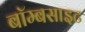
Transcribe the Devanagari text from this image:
बॉम्बसाइट